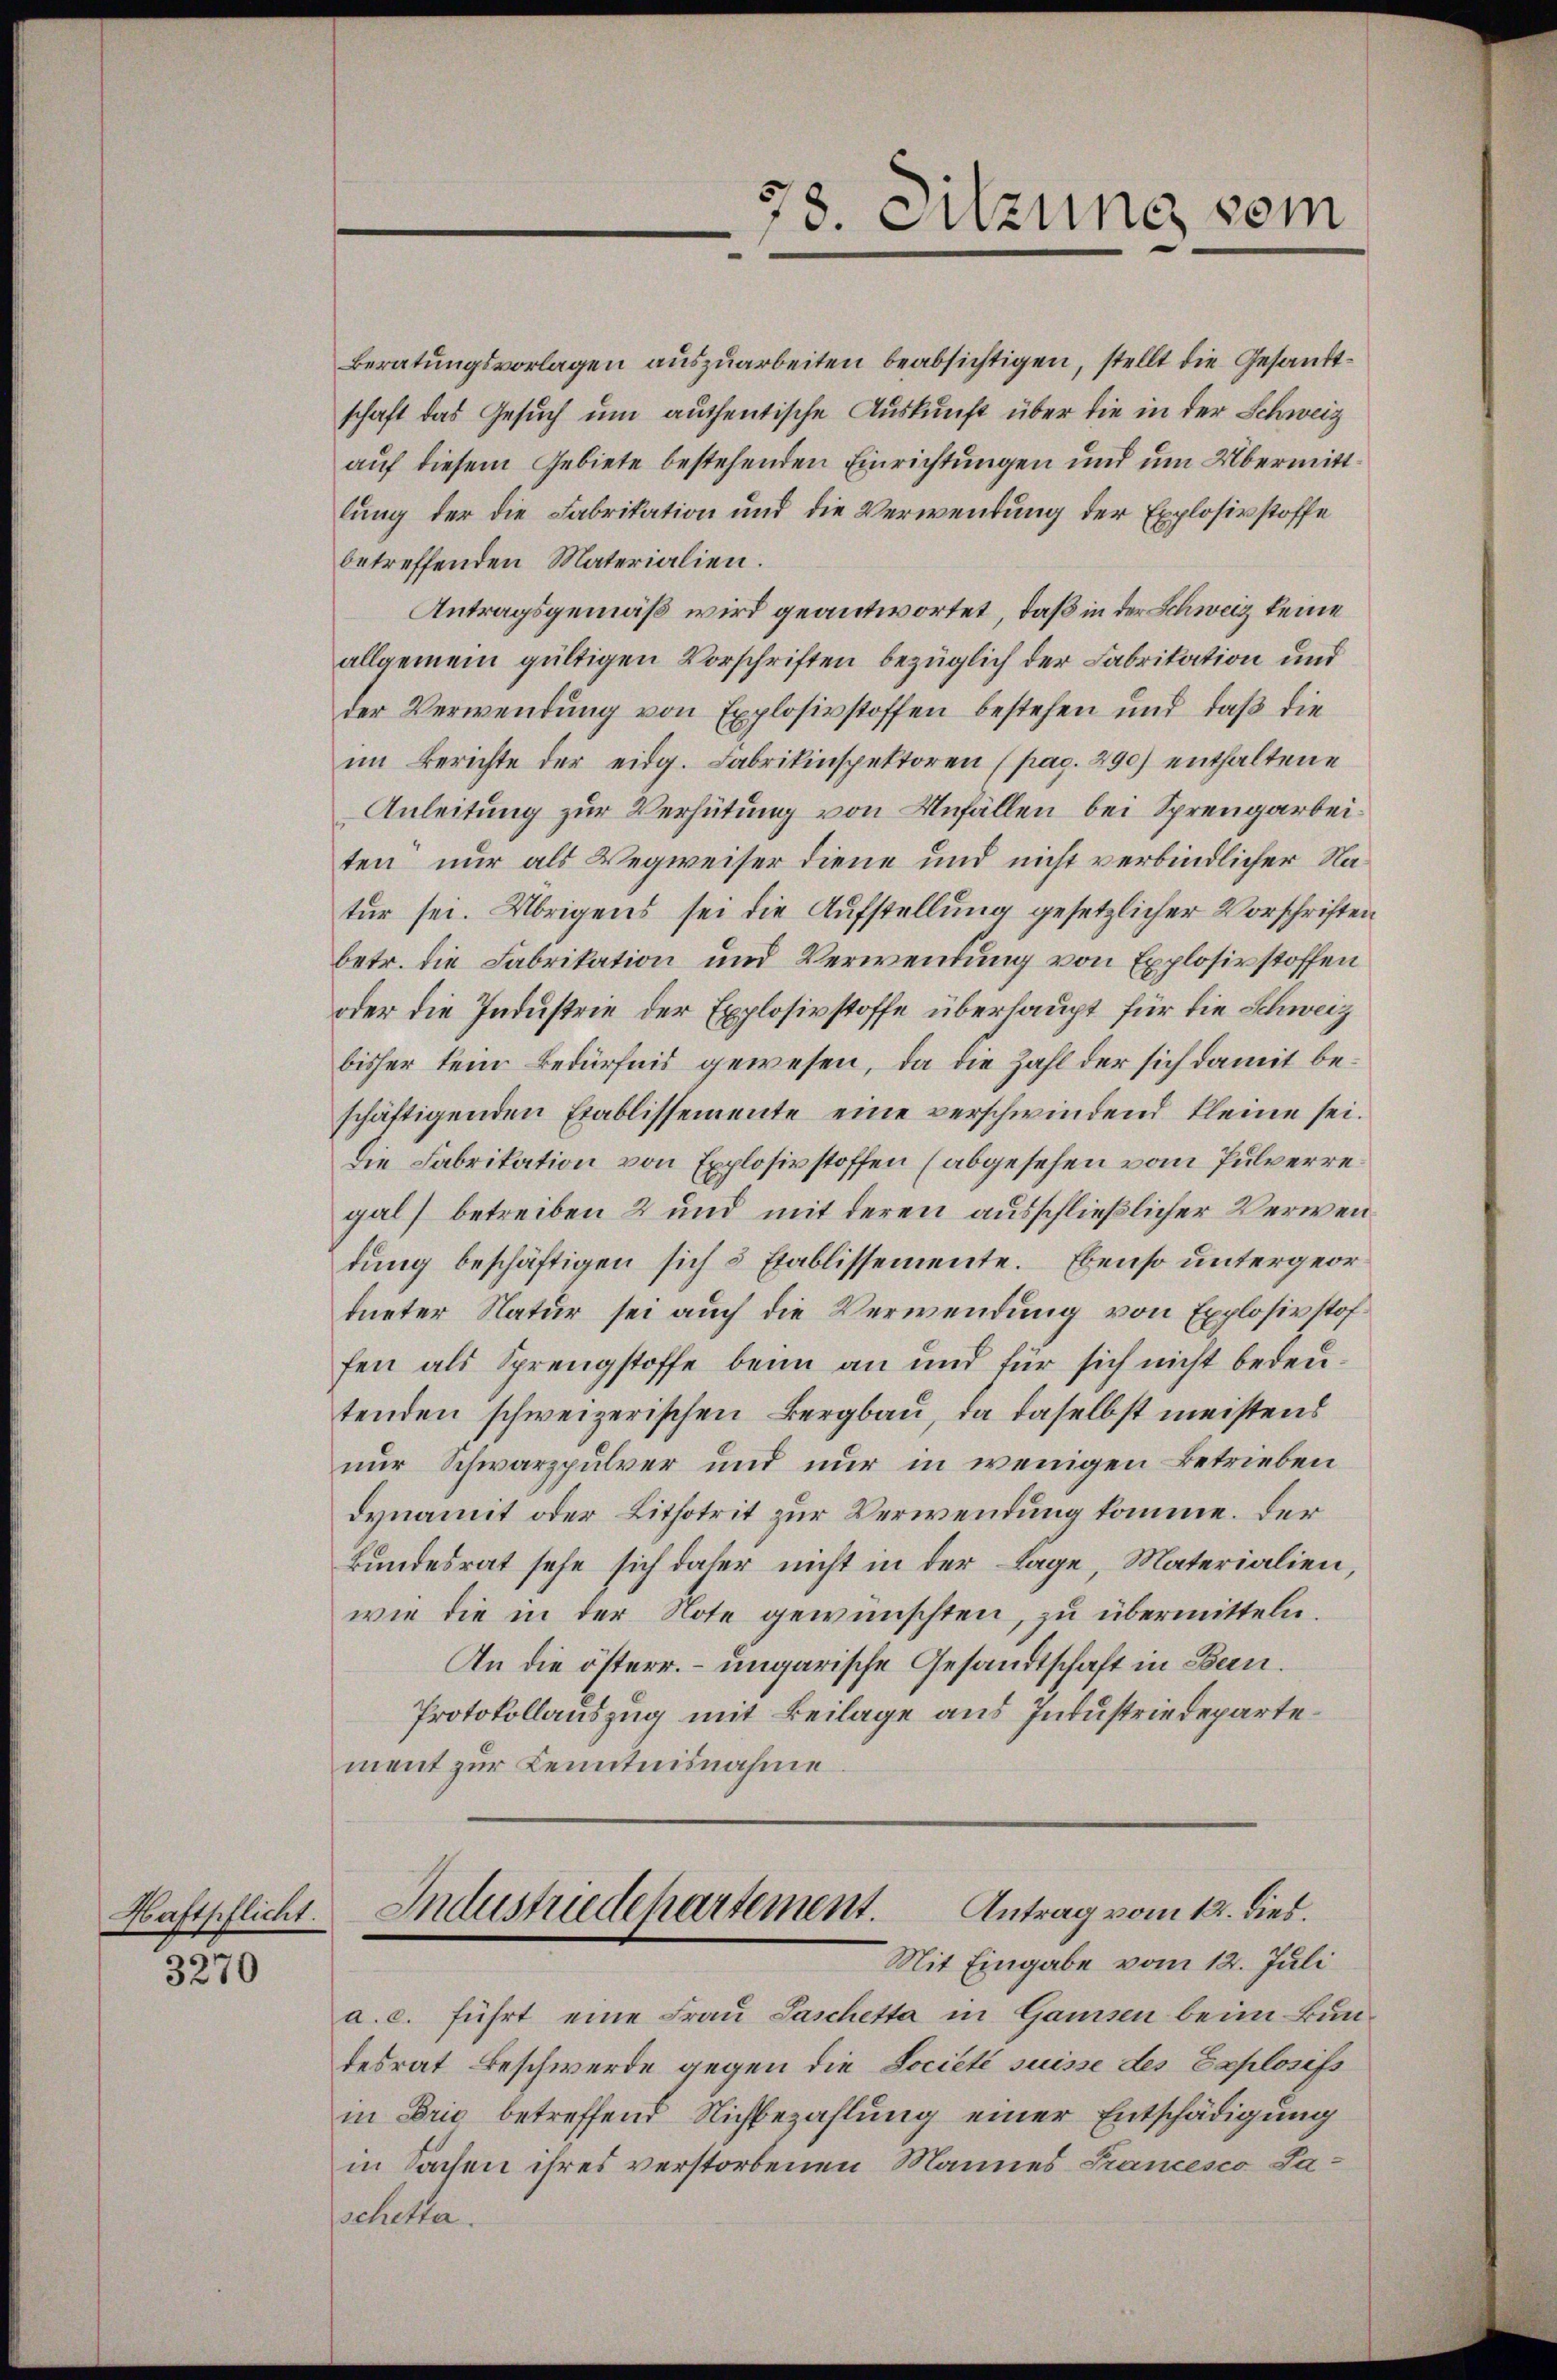
Haftpflicht.

3270

Beratungsvorlagen auszuarbeiten beabsichtigen, stellt die Gesandtschaft das Gesuch um authentische Auskunft über die in der Schweiz
auf diesem Gebiete bestehenden Einrichtungen und um Übermittlung der die Fabrikation und die Verwendung der Explosirstoffe
betreffenden Materialien.
Antragsgemäß wird geantwortet, daß in der Schweiz keine
allgemein gültigen Vorschriften bezüglich der Fabrikation und
der Verwendung von Explosivstoffen bestehen und daß die
im Berichte der eidg. Fabrikinspektoren (pag. 290) enthaltene
Anleitung zur Verhütung von Unfällen bei Sprengarbeiten nur als Wegweiser diene und nicht verbindlicher Natur sei. Übrigens sei die Aufstellung gesetzlicher Vorschriften
betr. die Fabrikation und Verwendung von Explosirstoffen
oder die Industrie der Explosivstoffe überhaupt für die Schweiz
bisher sein Bedürfnis gewesen, da die Zahl der sich damit beschäftigenden Etablissemente eine verschwindend kleine sei.
Die Fabrikation von Explosivstoffen (abgesehen vom Pulverregal) betreiben 2 und mit deren ausschließlicher Verwendung beschäftigen sich 5 Etablissemente. Ebenso untergeordueter Natur sei auch die Verwendung von Explosivstof
fen als Sprengstoffe beim an und für sich nicht bedeutenden schweizerischen Bergbau, da daselbst meistens
nur Schwarzpulver und nur in wenigen Betrieben
dynamit oder Lithotrit zur Verwendung komme. Der
kundesrat sehe sich daher nicht in der Lage, Materialien,
wie die in der Note gewünschten, zu übermitteln.
An die österr. – ungarische Gesandtschaft in Ben¬
Protokollauszug mit Beilage aus Industriedepartement zur Kenntnisnahme

a. c. führt eine Frau Saschetta in Gamsen beim Bundesrat Beschwerde gegen die Lociété suisse des Explosifs
in Brie betreffend Nichbezahlung einer Entschädigung
in Sachen ihres verstorbenen Mannes Francesco Saschetta.

78. Sitzung vom

Industriedepartement. Antrag vom 12. dies.
Mit Eingabe vom 12. Juli